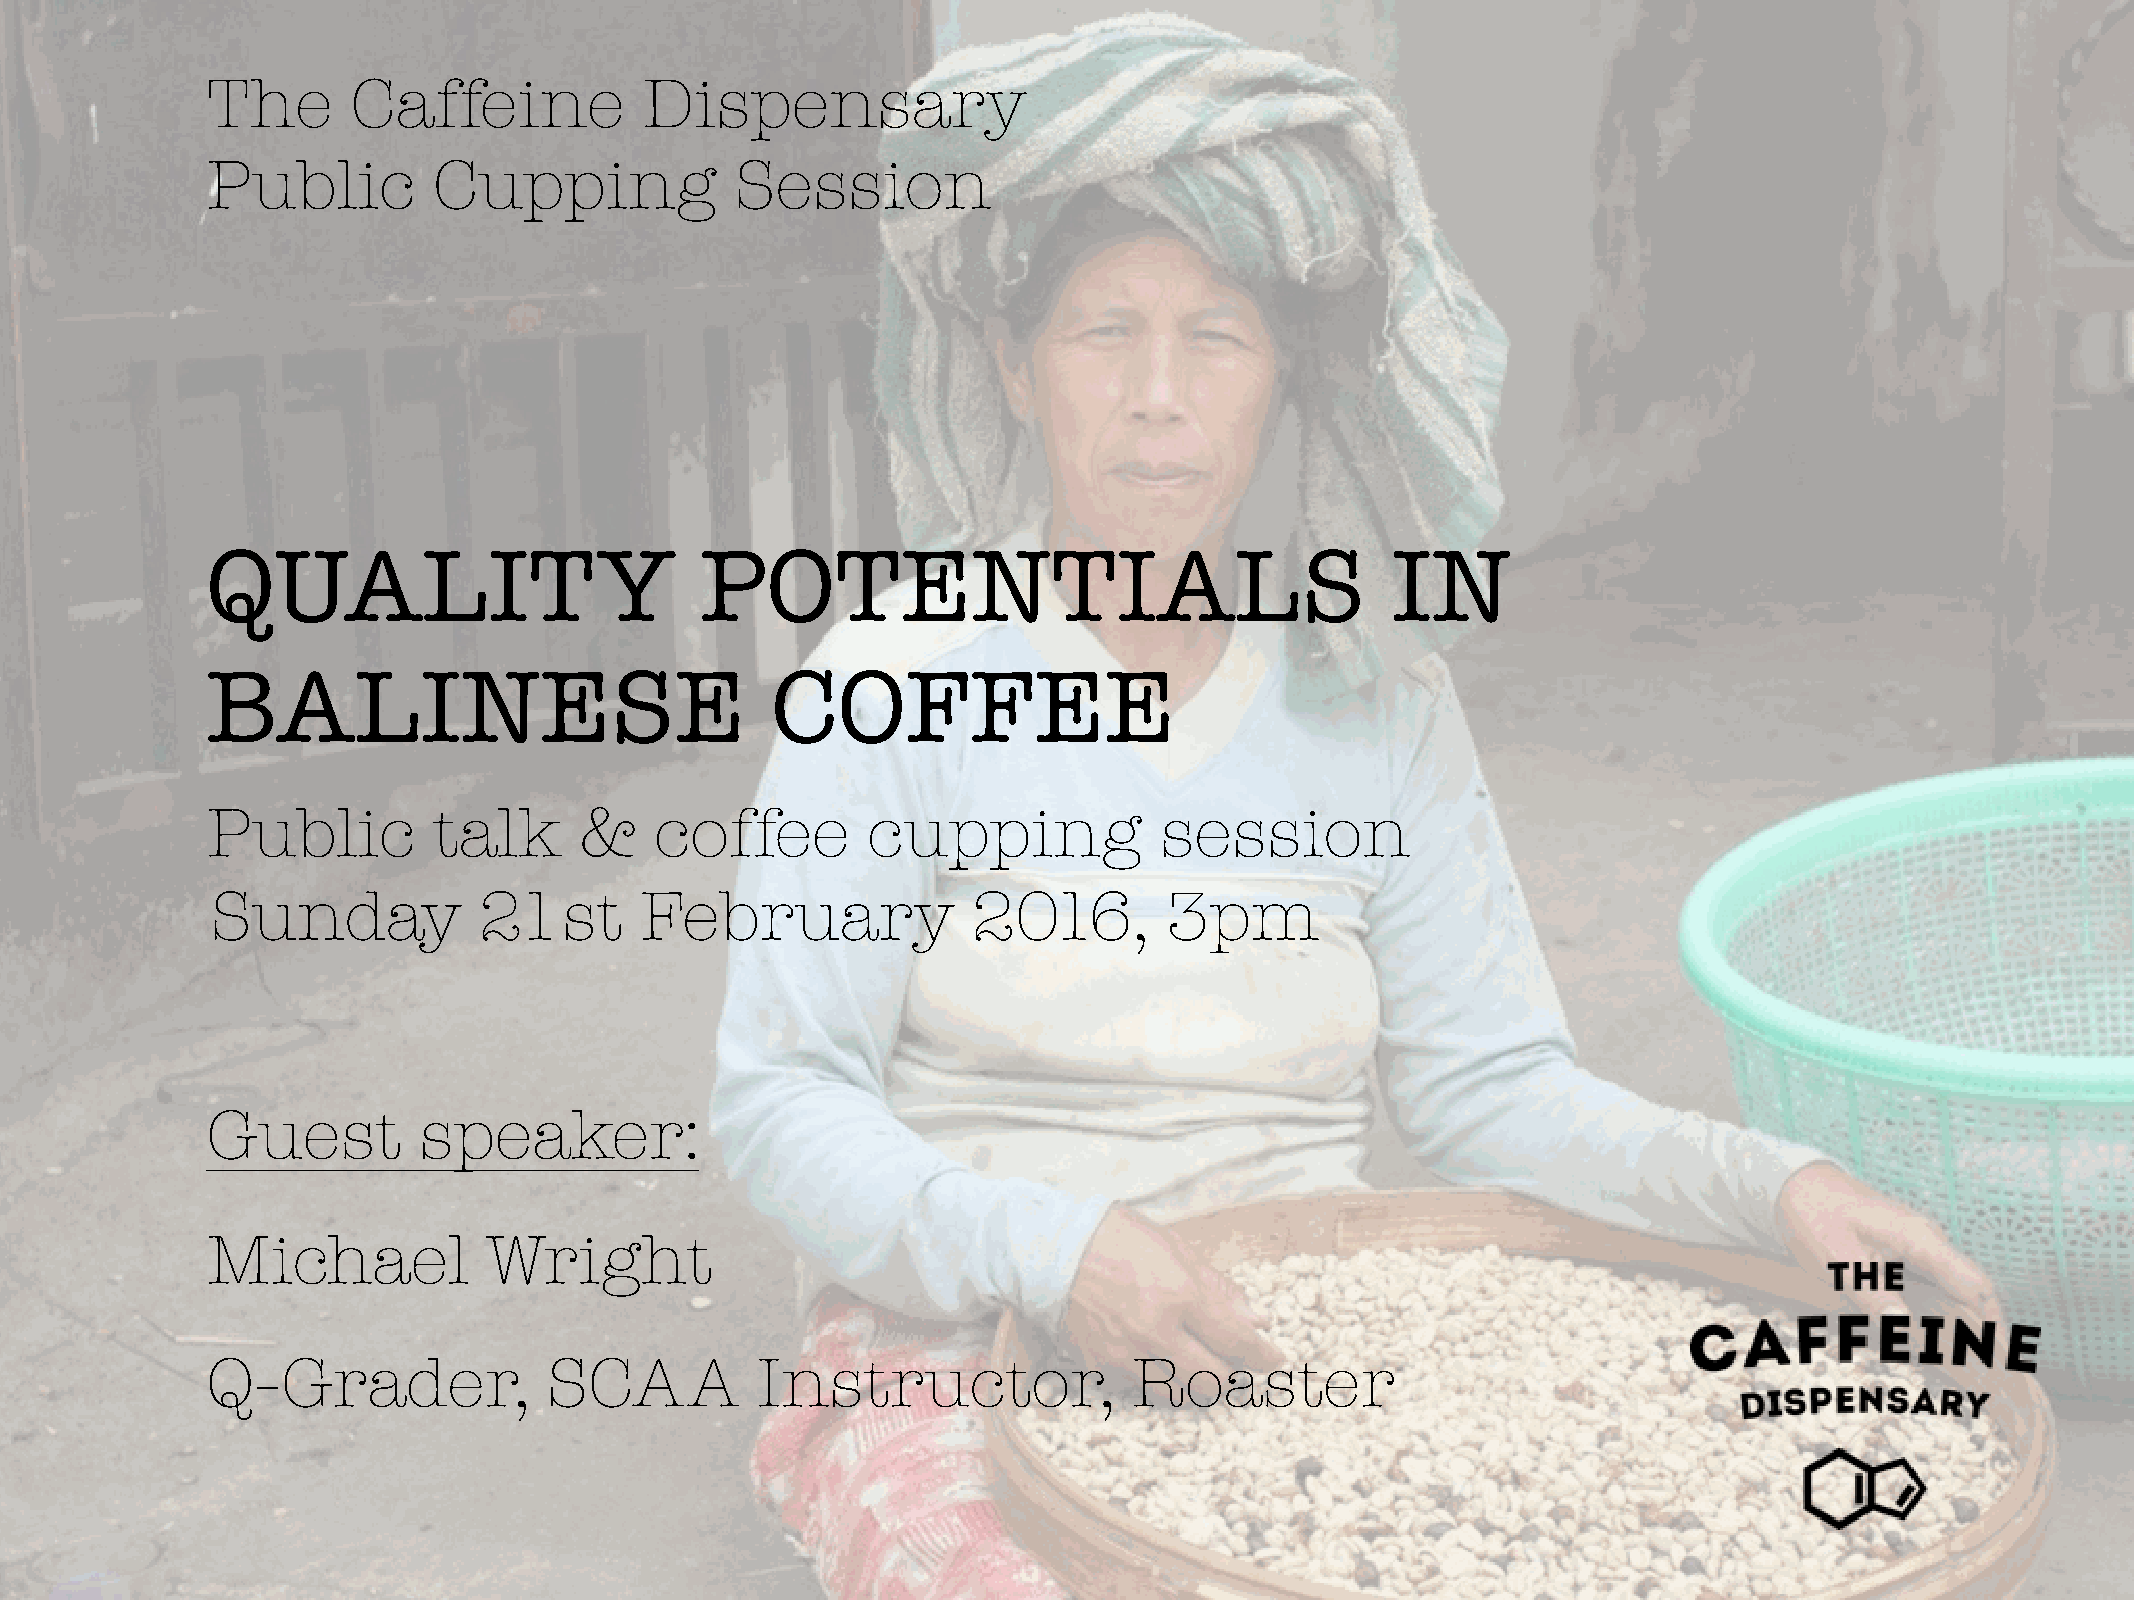
The      Caffeine            Dispensary
 Public         Cupping             Session
 QUALITY                         POTENTIALS                                    IN
 BALINESE                             COFFEE
 Public         talk     &    coffee        cupping             session
 Sunday            21st      February              2016,        3pm
 Guest         speaker:
 Michael           Wright
 Q-Grader,             SCAA          Instructor,              Roaster